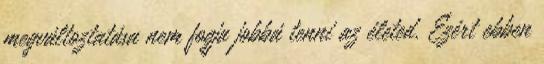
megváltoztatása nem fogja jobbá tenni az életed. Ezért ebben